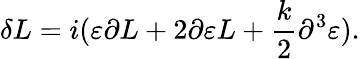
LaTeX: \delta L=i(\varepsilon\partial L+2\partial\varepsilon L+{\frac{k}{2}}\partial^{3}\varepsilon).